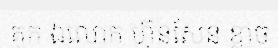
គុក ឯលោក ហ៊ុនសែន ខ្លាច